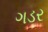
ગડર